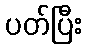
ပတ်ပြီး